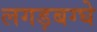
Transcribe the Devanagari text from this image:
लगड़बग्घे